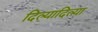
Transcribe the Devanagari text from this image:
दिल्यादिल्या